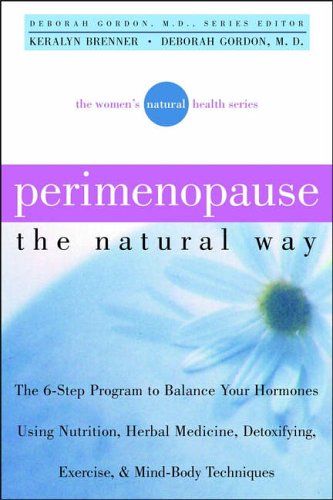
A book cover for Perimenopause: the Natural Way; Keralyn and Deborah Gordon (series editor) Brenner; Health, Fitness & Dieting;